Report on the bubonic plague in Bombay, 1896-1897
Year: 1896
Disease focus: Plague
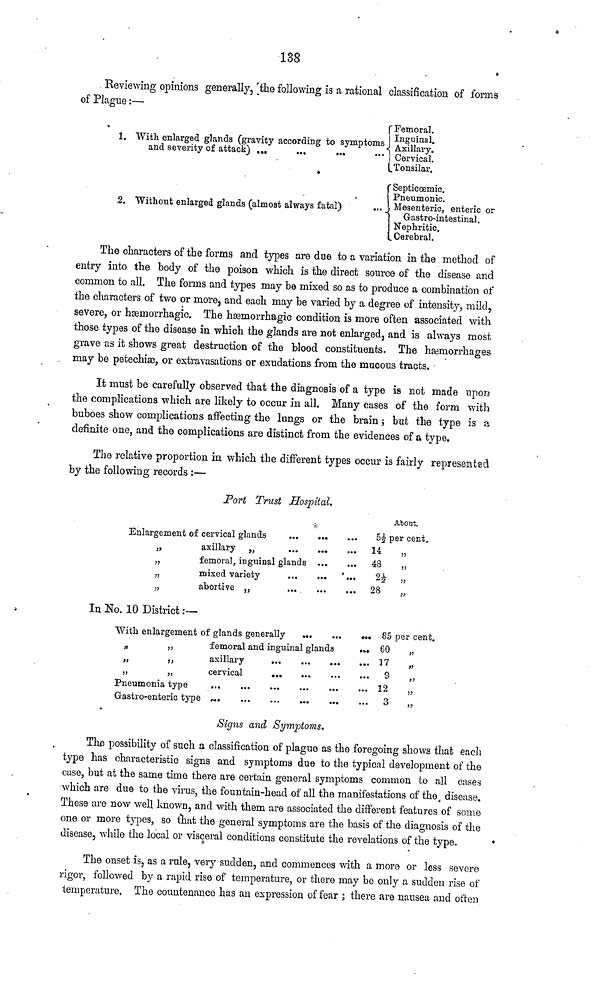
138
Reviewing opinions generally, the following is a rational classification of forms
of Plague :—
1. With enlarged glands (gravity according to symptoms
and severity of attack) ...
2. Without enlarged glands (almost always fatal)
...
Femoral.
Inguinal.
Axillary.
Cervical.
Tonsilar.
Septicœmic.
1 Pneumonic.
Mesenteric, enteric or
Gastro-intestinal.
Nephritic.
t Cerebral.
The characters of the forms and types are due to a variation in the method of
entry into the body of the poison which is the direct source of the disease and
common to all. The forms and types may be mixed so as to produce a combination of
the characters of two or more, and each may be varied by a degree of intensity, mild,
severe, or hæmorrhagic. The hæmorrhagic condition is more often associated with
those types of the disease in which the glands are not enlarged, and is always most
grave as it shows great destruction of the blood constituents. The hæmorrhages
may be petechiæ, or extravasations or exudations from the mucous tracts.
It must be carefully observed that the diagnosis of a type is not made upon
the complications which are likely to occur in all. Many cases of the form with
buboes show complications affecting the lungs or the brain ; but the type is a
definite one, and the complications are distinct from the evidences of a type.
The relative proportion in which the different types occur is fairly represented
by the following records :—
Port Trust Hospital.
Enlargement of cervical glands
,..
...
„
axillary „
„
femoral, inguinal glands
„
mixed variety
„
abortive ,,
In No. 10 District :—
With enlargement of glands generally
„
,,
femoral and inguinal glands
„
„
axillary
Gastro-enteric type ... ... ... ...
Signs and Symptoms.
About.
5½ per cent
14
„
48
„
2½ „
28
,,
... 85 per cent.
... 60 „
... 17 „
9
,,
... 12 „
... 3 „
The possibility of such a classification of plague as the foregoing shows that each
type has characteristic signs and symptoms due to the typical development of the
case, but at the same time there are certain general symptoms common to all cuses
which are due to the virus, the fountain-head of all the manifestations of the disease.
These are now well known, and with them are associated the different features of some
one or more types, so that the general symptoms are the basis of the diagnosis of the
disease, while the local or visceral conditions constitute the revelations of the type.
The onset is, as a rule, very sudden, and commences with a more or less severe
rigor, followed by a rapid rise of temperature, or there may be only a sudden rise of
temperature. The countenance has an expression of fear ; there are nausea and often